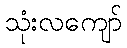
သုံးလကျော်